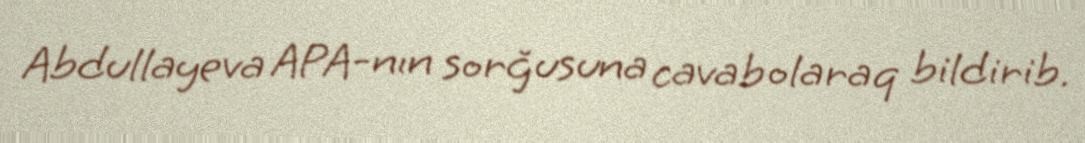
Abdullayeva APA-nın sorğusuna cavab olaraq bildirib.